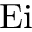
\operatorname { E i }